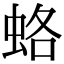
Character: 蛒